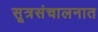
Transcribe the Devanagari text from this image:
सूत्रसंचालनात